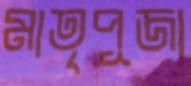
মাতৃপূজা